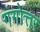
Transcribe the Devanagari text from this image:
गंगोत्तर